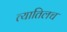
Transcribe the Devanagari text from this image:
त्यातिलच